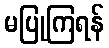
မပြုကြရန်